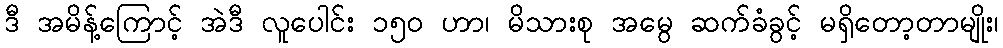
ဒီ အမိန့်ကြောင့် အဲဒီ လူပေါင်း ၁၅ဝ ဟာ၊ မိသားစု အမွေ ဆက်ခံခွင့် မရှိတော့တာမျိုး၊